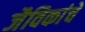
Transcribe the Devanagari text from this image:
जैविकांचे